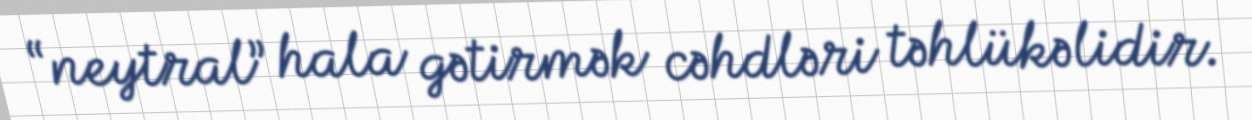
“neytral” hala gətirmək cəhdləri təhlükəlidir.